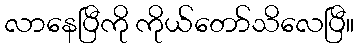
လာနေပြီကို ကိုယ်တော်သိလေပြီ။